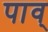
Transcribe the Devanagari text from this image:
पाव्